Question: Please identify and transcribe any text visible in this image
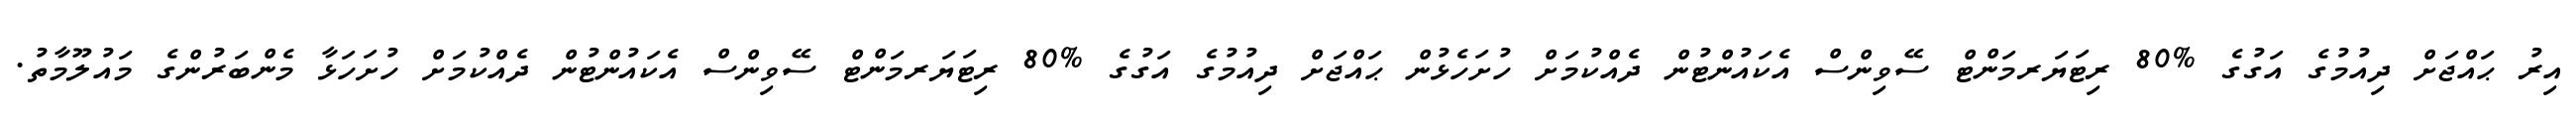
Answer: އިރު ޙައްޖަށް ދިއުމުގެ އަގުގެ %80 ރިޓަޔަރމަންޓް ސޭވިންސް އެކައުންޓުން ދެއްކުމަށް ހުށަހެޅުން ޙައްޖަށް ދިއުމުގެ އަގުގެ %80 ރިޓަޔަރމަންޓް ސޭވިންސް އެކައުންޓުން ދެއްކުމަށް ހުށަހަޅާ މެންބަރުންގެ މައުލޫމާތު.